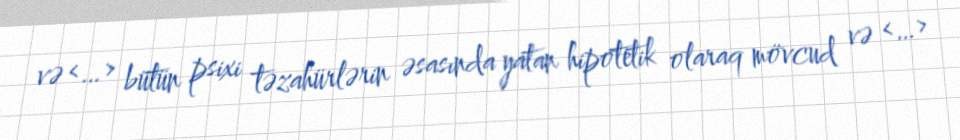
və <…> bütün psixi təzahürlərin əsasında yatan hipotetik olaraq mövcud və <…>